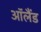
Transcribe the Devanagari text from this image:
ऑलैंड